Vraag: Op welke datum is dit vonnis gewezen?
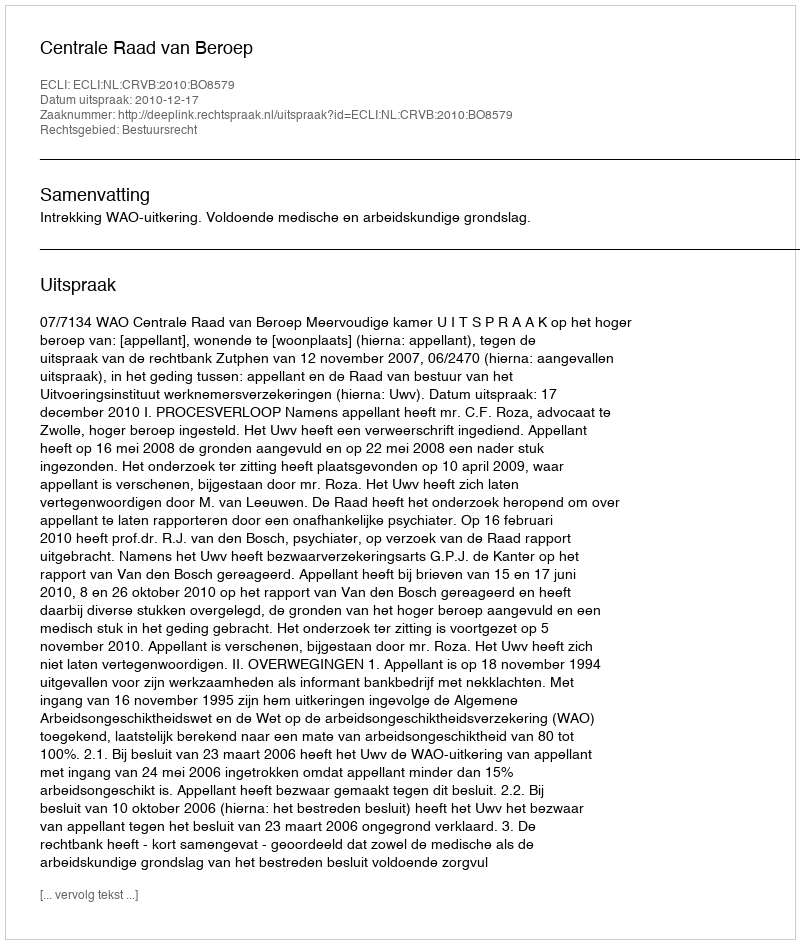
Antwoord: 2010-12-17